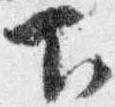
下